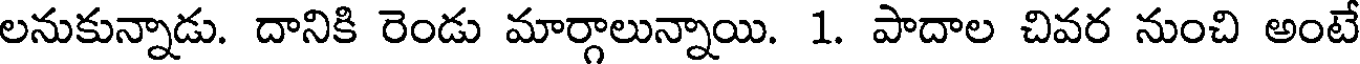
లనుకున్నాడు. దానికి రెండు మార్గాలున్నాయి. 1. పాదాల చివర నుంచి అంటే